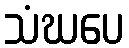
သံဃပေ